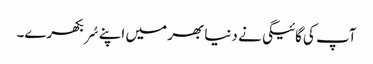
آپ کی گائیگی نے دنیا بھر میں اپنے سُر بکھرے۔